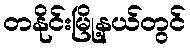
တနိုင်းမြို့နယ်တွင်